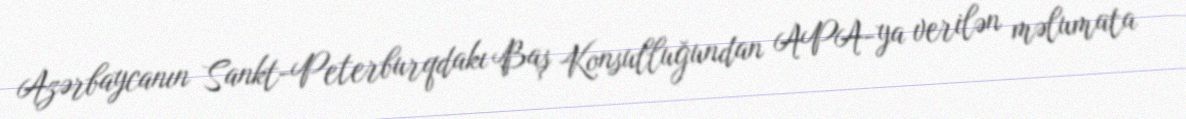
Azərbaycanın Sankt-Peterburqdakı Baş Konsulluğundan APA-ya verilən məlumata